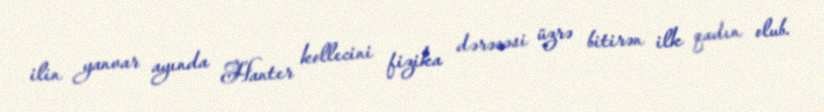
ilin yanvar ayında Hanter kollecini fizika dərəcəsi üzrə bitirən ilk qadın olub.